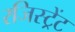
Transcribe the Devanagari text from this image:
रजिस्ट्रेंट